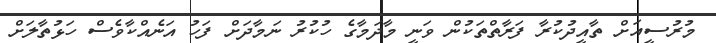
މުރުސީއަށް ތާއީދުކުރާ ފަރާތްތަކުން ވަނީ މާދަމާގެ ހުކުރު ނަމާދަށް ފަހު އަނެއްކާވެސް ހަޅުތާލަށް